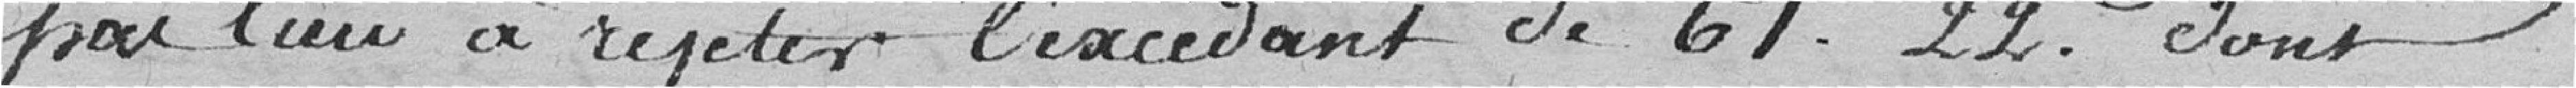
pas lieu à rejeter l'excédent de 61,22 francs dont